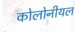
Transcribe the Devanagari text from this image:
कोलोनीयल